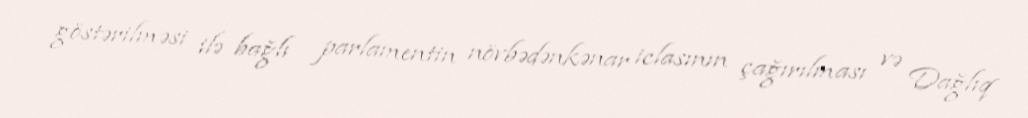
göstərilməsi ilə bağlı parlamentin növbədənkənar iclasının çağırılması və Dağlıq